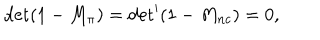
LaTeX: { \det ( 1 - M _ { \pi } ) = { \det } ^ { \prime } ( 1 - M _ { n c } ) = 0 , }